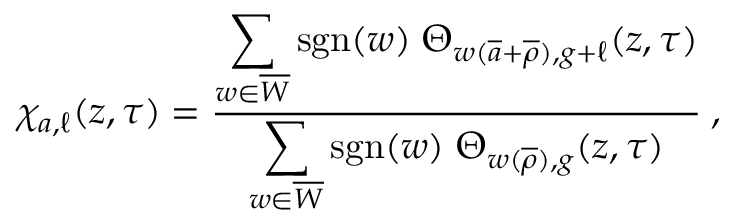
\chi _ { a , \ell } ( z , \tau ) = \frac { \displaystyle \sum _ { w \in \overline { { W } } } \mathrm { s g n } ( w ) \; \Theta _ { w ( \overline { { { a } } } + \overline { { { \rho } } } ) , g + \ell } ( z , \tau ) } { \displaystyle \sum _ { w \in \overline { { W } } } \mathrm { s g n } ( w ) \; \Theta _ { w ( \overline { { { \rho } } } ) , g } ( z , \tau ) } \: ,